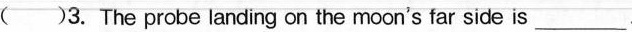
A. Shen zhou 3 B.Shen zhou 4